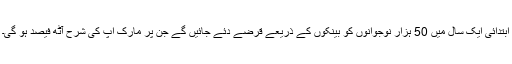
ابتدائی ایک سال میں 50 ہزار نوجوانوں کو بینکوں کے ذریعے قرضے دئے جائیں گے جن پر مارک اپ کی شرح آٹھ فیصد ہو گی۔